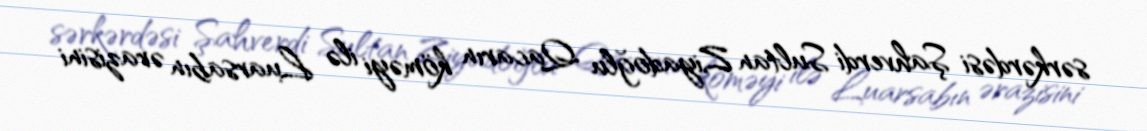
sərkərdəsi Şahverdi Sultan Ziyadoğlu Qacarın köməyi ilə Luarsabın ərazisini